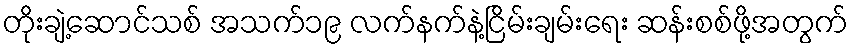
တိုးချဲ့ဆောင်သစ် အသက်၁၉ လက်နက်နဲ့ငြိမ်းချမ်းရေး ဆန်းစစ်ဖို့အတွက်